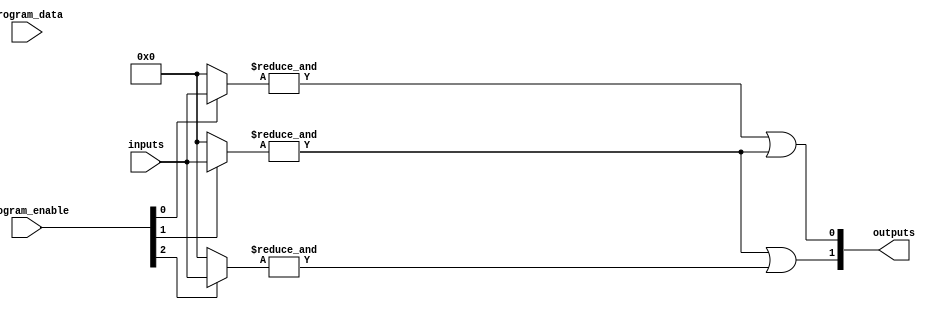
module FlashProgrammablePAL (
    input wire [N-1:0] inputs,          // N input pins
    input wire [M-1:0] program_enable,   // Programming enable signals for AND array
    input wire [M-1:0] program_data,     // Programming data for AND array
    output wire [P-1:0] outputs          // P output pins
);

// Parameters
parameter N = 8; // Number of input pins
parameter M = 4; // Number of product terms in AND array
parameter P = 2; // Number of outputs

// Internal signals
wire [M-1:0] and_outputs; // Outputs from the AND array
wire [P-1:0] or_outputs;   // Outputs from the OR array

// Programmable AND array
genvar i, j;
generate
    for (i = 0; i < M; i = i + 1) begin : and_array
        wire [N-1:0] and_inputs;
        assign and_inputs = (program_enable[i]) ? inputs : {N{1'b0}}; // Connect inputs based on programming

        // AND gate logic
        assign and_outputs[i] = &and_inputs; // AND operation
    end
endgenerate

// Fixed OR array
generate
    for (j = 0; j < P; j = j + 1) begin : or_array
        // Example: ORing specific AND outputs to generate outputs
        assign or_outputs[j] = and_outputs[j] | and_outputs[j+1]; // Example logic, can be customized
    end
endgenerate

// Assign outputs
assign outputs = or_outputs;

endmodule